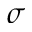
\sigma